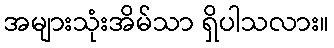
အများသုံးအိမ်သာ ရှိပါသလား။